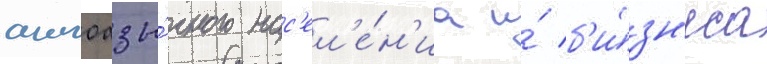
англоазы́чного нас'ел'е́н'иа и́ б'и́зн'еса